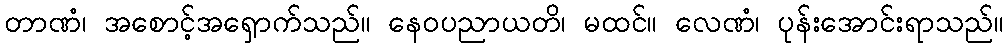
တာဏံ၊ အစောင့်အရှောက်သည်။ နေဝပညာယတိ၊ မထင်။ လေဏံ၊ ပုန်းအောင်းရာသည်။